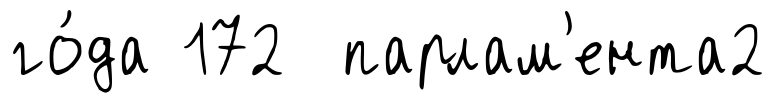
го́да 172 парлам'ента2